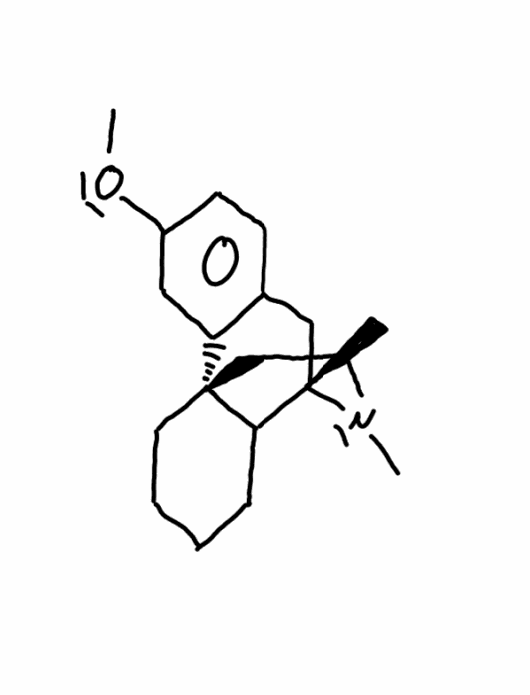
Simplified molecular-input line-entry system (SMILES) notation of the given molecule:
CN1CC[C@]23CCCCC2[C@@H]1CC4=C3C=C(C=C4)OC